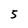
Character: 5